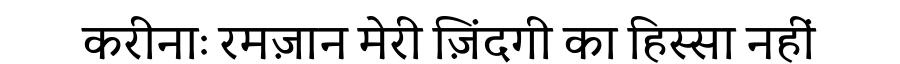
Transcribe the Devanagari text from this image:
करीनाः रमज़ान मेरी ज़िंदगी का हिस्सा नहीं